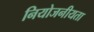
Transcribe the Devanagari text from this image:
नियोजनीयता